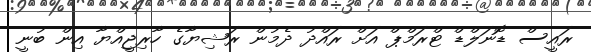
ރައީސް ޑޮނަލްޑް ޓްރަމްޕް އަށް ރައްދު ދެމުން ރަޝިޔާގެ ހާރިޖީއްޔާ އިން ބުނީ